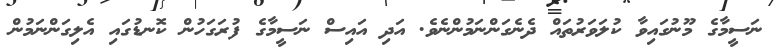
ނަސީމާގެ މޫނުގައިވާ ކުލަވަރުތައް ދެނެގަންނަމުންނެވެ. އަދި އައިސް ނަސީމާގެ ފުރަގަހުން ކޮނޑުގައި އެލިގަންނަމުން